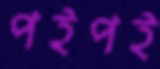
পইপই